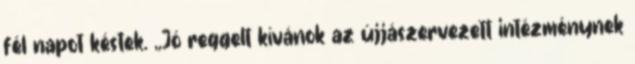
fél napot késtek. ,,Jó reggelt kívánok az újjászervezett intézménynek